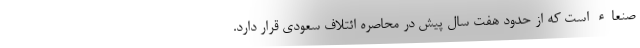
صنعاء است که از حدود هفت سال پیش در محاصره ائتلاف سعودی قرار دارد.